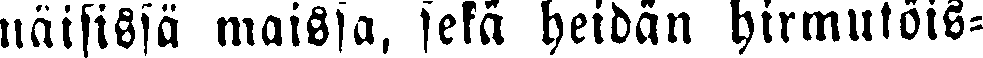
näisissä maissa, sekä heidän hirmutöis-